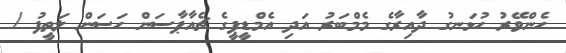
ހެންވޭރު ހުޅަނގު ދާއިރާގެ މެމްބަރު އަދި އެމްޑީޕީގެ ޗެއާޕާސަން ހަސަން ލަތީފު /